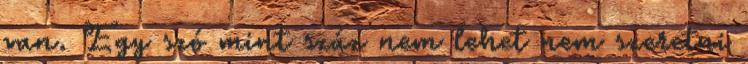
van. Egy szó mint száz nem lehet nem szeretni